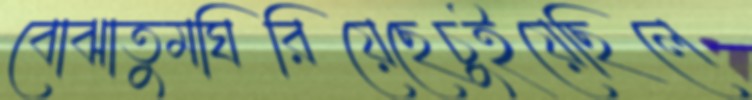
বোঝাতুমঘিরিয়েছেচুইয়েছিলে